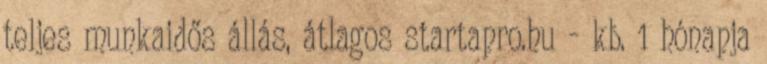
teljes munkaidős állás, átlagos startapro.hu - kb. 1 hónapja